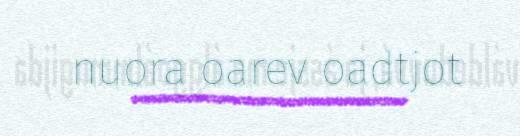
nuora oarev oadtjot